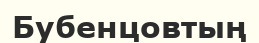
Бубенцовтың